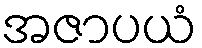
အဇာပယံ